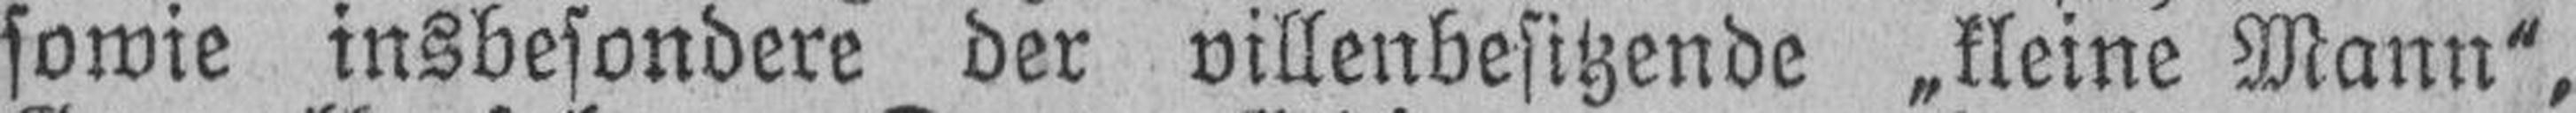
sowie insbesondere der villenbesitzende „kleine Mann“,